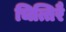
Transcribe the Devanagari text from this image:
चित्तिरै